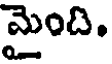
మైంది.